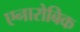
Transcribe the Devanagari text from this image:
एनारोबिक